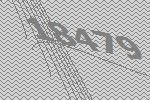
18479